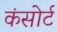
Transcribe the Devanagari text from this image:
कंसोर्ट